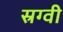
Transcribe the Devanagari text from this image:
स्रग्वी